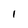
Character: 1